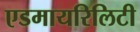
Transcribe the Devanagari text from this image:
एडमायरिलिटी